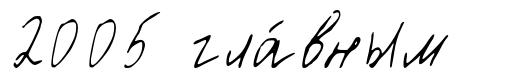
2005 гла́вным